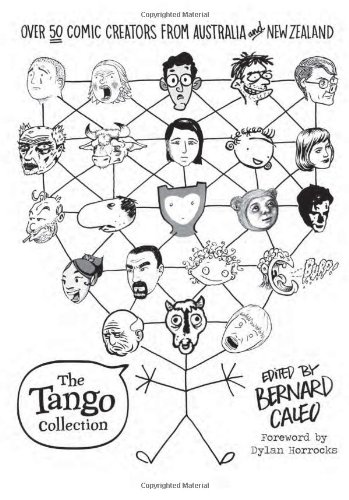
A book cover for The Tango Collection; Comics & Graphic Novels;